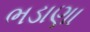
ભડાણા